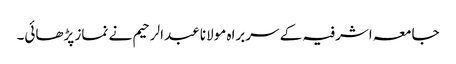
جامعہ اشرفیہ کے سربراہ مولانا عبدالرحیم نے نماز پڑھائی۔